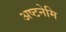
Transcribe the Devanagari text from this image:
अष्टनेमि